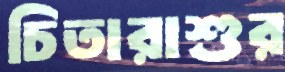
চিতারাশুর